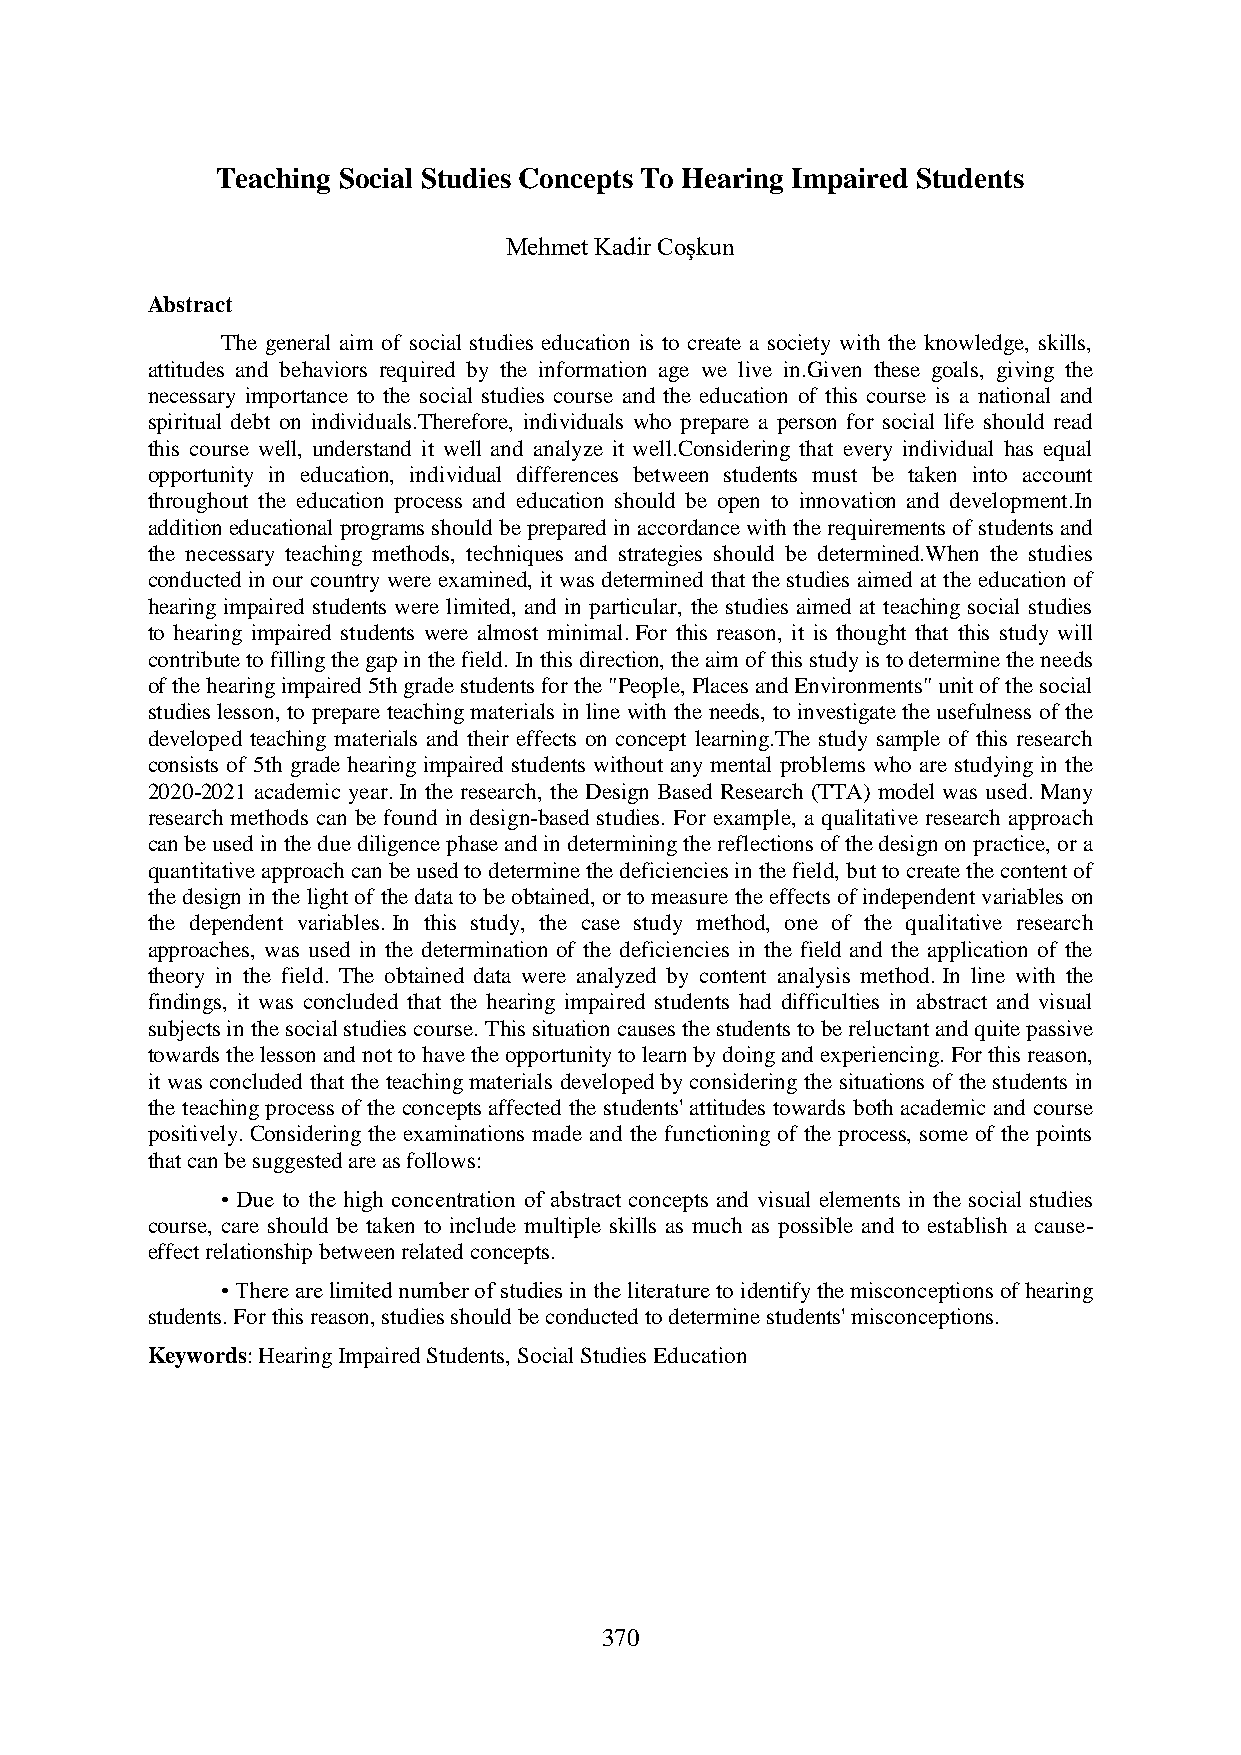
Teaching Social Studies Concepts To Hearing Impaired Students
 Mehmet Kadir Coşkun
 Abstract
 The general aim of social studies education is to create a society with the knowledge, skills,
 attitudes and behaviors required by the information age we live in.Given these goals, giving the
 necessary importance to the social studies course and the education of this course is a national and
 spiritual debt on individuals.Therefore, individuals who prepare a person for social life should read
 this course well, understand it well and analyze it well.Considering that every individual has equal
 opportunity in education, individual differences between students must be taken into account
 throughout the education process and education should be open to innovation and development.In
 addition educational programs should be prepared in accordance with the requirements of students and
 the necessary teaching methods, techniques and strategies should be determined.When the studies
 conducted in our country were examined, it was determined that the studies aimed at the education of
 hearing impaired students were limited, and in particular, the studies aimed at teaching social studies
 to hearing impaired students were almost minimal. For this reason, it is thought that this study will
 contribute to filling the gap in the field. In this direction, the aim of this study is to determine the needs
 of the hearing impaired 5th grade students for the "People, Places and Environments" unit of the social
 studies lesson, to prepare teaching materials in line with the needs, to investigate the usefulness of the
 developed teaching materials and their effects on concept learning.The study sample of this research
 consists of 5th grade hearing impaired students without any mental problems who are studying in the
 2020-2021 academic year. In the research, the Design Based Research (TTA) model was used. Many
 research methods can be found in design-based studies. For example, a qualitative research approach
 can be used in the due diligence phase and in determining the reflections of the design on practice, or a
 quantitative approach can be used to determine the deficiencies in the field, but to create the content of
 the design in the light of the data to be obtained, or to measure the effects of independent variables on
 the dependent variables. In this study, the case study method, one of the qualitative research
 approaches, was used in the determination of the deficiencies in the field and the application of the
 theory in the field. The obtained data were analyzed by content analysis method. In line with the
 findings, it was concluded that the hearing impaired students had difficulties in abstract and visual
 subjects in the social studies course. This situation causes the students to be reluctant and quite passive
 towards the lesson and not to have the opportunity to learn by doing and experiencing. For this reason,
 it was concluded that the teaching materials developed by considering the situations of the students in
 the teaching process of the concepts affected the students' attitudes towards both academic and course
 positively. Considering the examinations made and the functioning of the process, some of the points
 that can be suggested are as follows:
 • Due to the high concentration of abstract concepts and visual elements in the social studies
 course, care should be taken to include multiple skills as much as possible and to establish a cause-
 effect relationship between related concepts.
 • There are limited number of studies in the literature to identify the misconceptions of hearing
 students. For this reason, studies should be conducted to determine students' misconceptions.
 Keywords: Hearing Impaired Students, Social Studies Education
 370